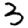
Digit: 3